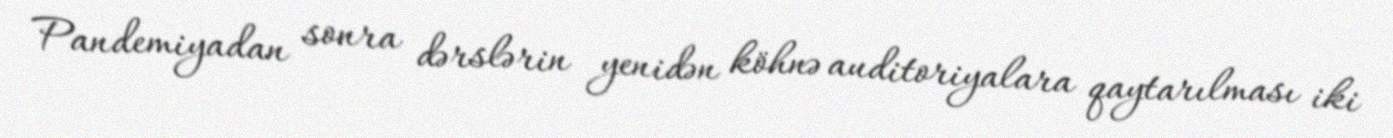
Pandemiyadan sonra dərslərin yenidən köhnə auditoriyalara qaytarılması iki